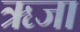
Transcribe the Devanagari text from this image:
ऋजा